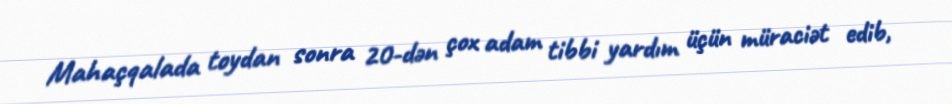
Mahaçqalada toydan sonra 20-dən çox adam tibbi yardım üçün müraciət edib,